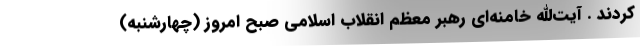
کردند . آیت‌الله خامنه‌ای رهبر معظم انقلاب اسلامی صبح امروز (چهارشنبه)